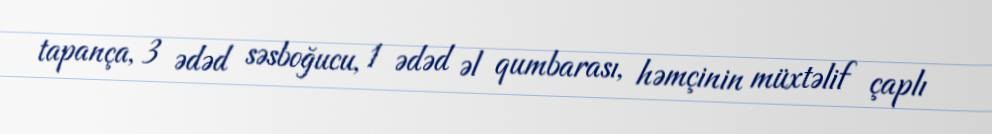
tapança, 3 ədəd səsboğucu, 1 ədəd əl qumbarası, həmçinin müxtəlif çaplı